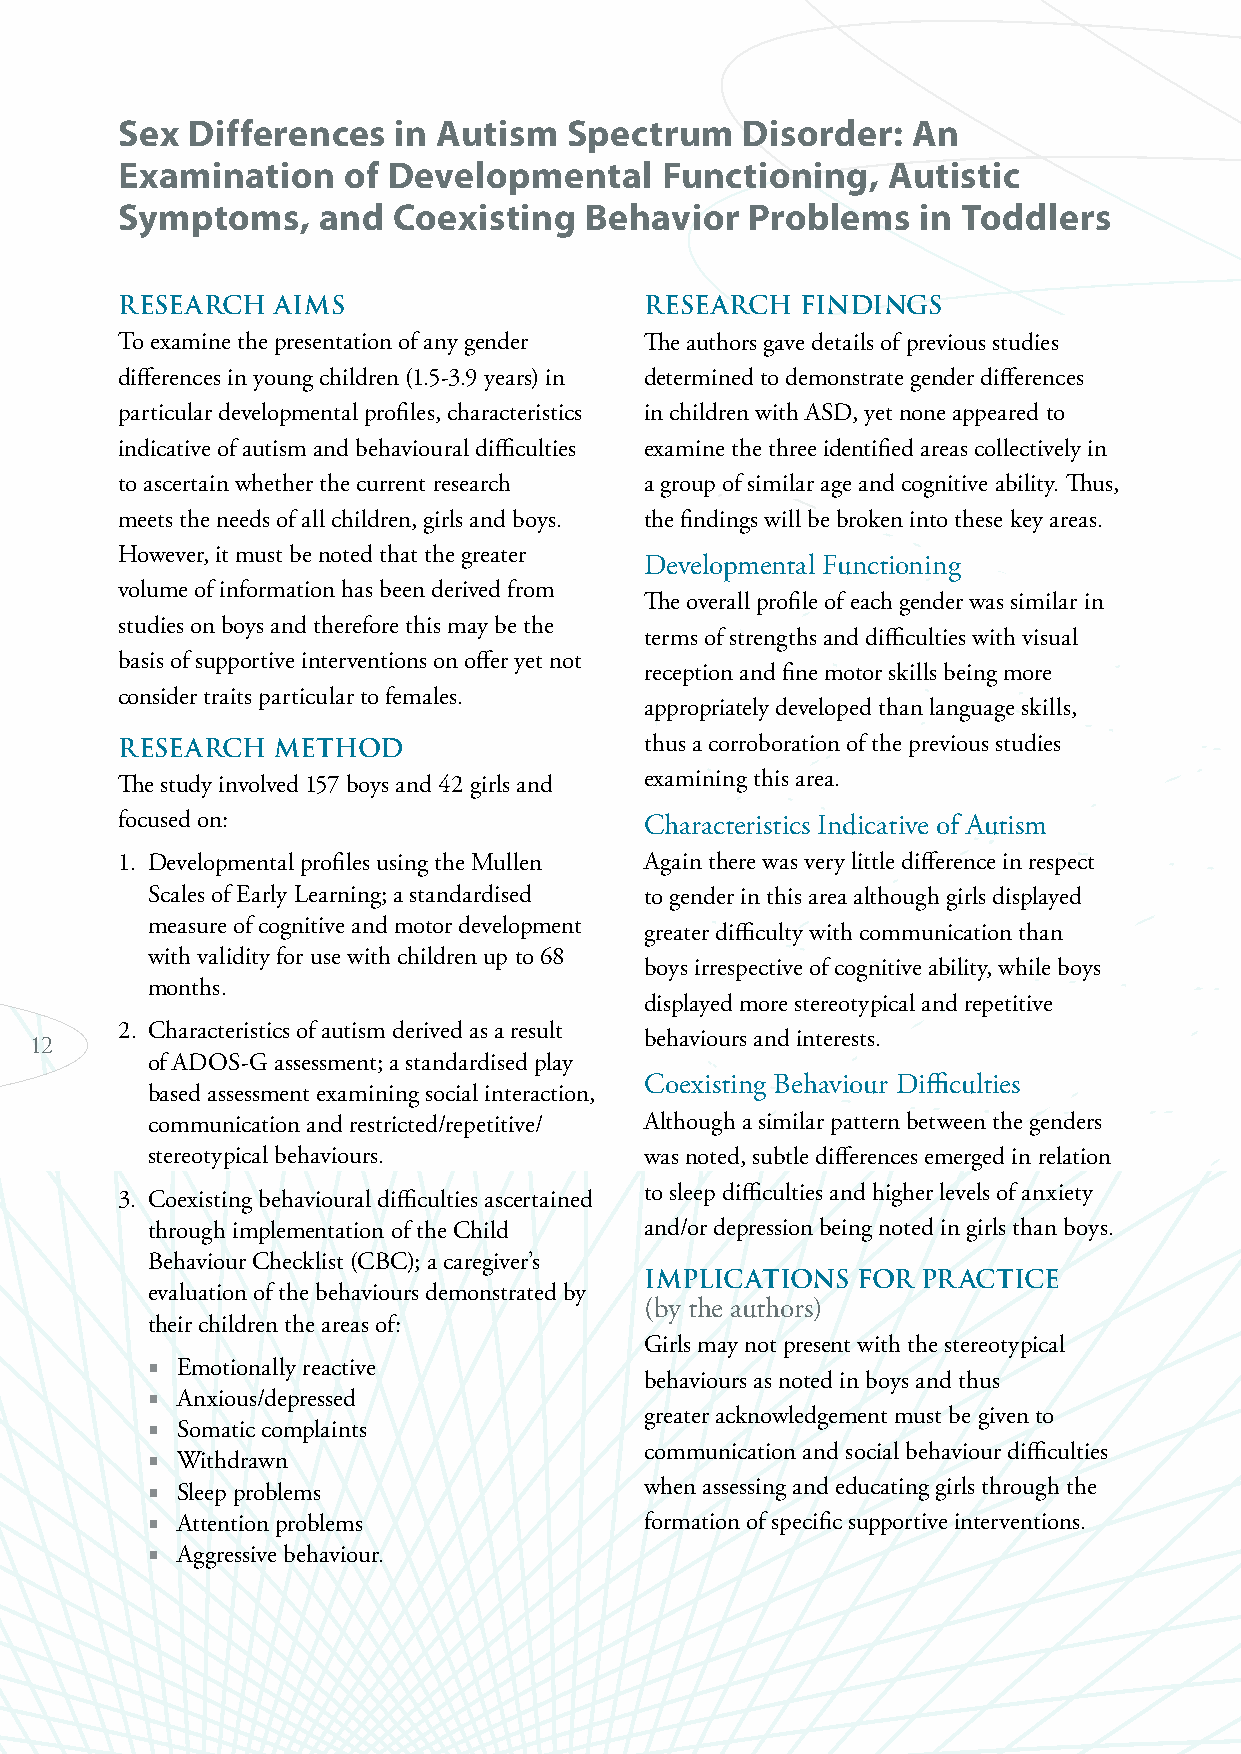
Sex Differences   in Autism   Spectrum   Disorder:  An
 Examination    of Developmental     Functioning,   Autistic
 Symptoms,    and  Coexisting   Behavior   Problems   in Toddlers
 RESEaRCh  aimS                     RESEaRCh  FiNdiNgS
 To examine the presentation of any gender The authors gave details of previous studies
 differences in young children (1.5-3.9 years) in determined to demonstrate gender differences
 particular developmental profiles, characteristics in children with ASD, yet none appeared to
 indicative of autism and behavioural difficulties examine the three identified areas collectively in
 to ascertain whether the current research a group of similar age and cognitive ability. Thus,
 meets the needs of all children, girls and boys. the findings will be broken into these key areas.
 However, it must be noted that the greater
 Developmental Functioning
 volume of information has been derived from
 The overall profile of each gender was similar in
 studies on boys and therefore this may be the
 terms of strengths and difficulties with visual
 basis of supportive interventions on offer yet not
 reception and fine motor skills being more
 consider traits particular to females.
 appropriately developed than language skills,
 RESEaRCh  mEThOd                   thus a corroboration of the previous studies
 The study involved 157 boys and 42 girls and examining this area.
 focused on:                        Characteristics Indicative of Autism
 1. Developmental profiles using the Mullen Again there was very little difference in respect
 Scales of Early Learning; a standardised to gender in this area although girls displayed
 measure of cognitive and motor development
 greater difficulty with communication than
 with validity for use with children up to 68
 boys irrespective of cognitive ability, while boys
 months.
 displayed more stereotypical and repetitive
 2. Characteristics of autism derived as a result
 behaviours and interests.
 12
 of ADOS-G assessment; a standardised play
 Coexisting Behaviour Difficulties
 based assessment examining social interaction,
 communication and restricted/repetitive/ Although a similar pattern between the genders
 stereotypical behaviours.        was noted, subtle differences emerged in relation
 to sleep difficulties and higher levels of anxiety
 3. Coexisting behavioural difficulties ascertained
 through implementation of the Child and/or depression being noted in girls than boys.
 Behaviour Checklist (CBC); a caregiver’s
 impliCaTiONS  FOR pRaCTiCE
 evaluation of the behaviours demonstrated by
 (by the authors)
 their children the areas of:
 Girls may not present with the stereotypical
  Emotionally reactive
 behaviours as noted in boys and thus
  Anxious/depressed
 greater acknowledgement must be given to
  Somatic complaints
 communication and social behaviour difficulties
  Withdrawn
  Sleep problems                 when assessing and educating girls through the
  Attention problems             formation of specific supportive interventions.
  Aggressive behaviour.